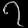
Digit: ၇